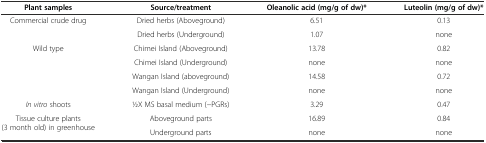
<table><thead><tr><td><b>Plant Samples</b></td><td><b>Source / Treatment</b></td><td><b>Oleanolic acid (mg/g of dw)*</b></td><td><b>Luteolin (mg/g of dw)*</b></td></tr></thead><tbody><tr><td rowspan="2">Commercial crude drug</td><td>Dried herbs(Aboveground)</td><td>6.51</td><td>0.13</td></tr><tr><td>Dried herbs(Underground)</td><td>1.07</td><td>none</td></tr><tr><td rowspan="4">Wild type</td><td>Chimei Island (Aboveground)</td><td>13.78</td><td>0.82</td></tr><tr><td>Chimei Island (Underground)</td><td>none</td><td>none</td></tr><tr><td>Wangan Island (aboveground)</td><td>14.58</td><td>0.72</td></tr><tr><td>Wangan Island (Underground)</td><td>none</td><td>none</td></tr><tr><td><i>In vitro</i> shoots</td><td>1⁄2X MS basal medium (−PGRs)</td><td>3.29</td><td>0.47</td></tr><tr><td rowspan="2">Tissue culture plants (3 month old) in greenhouse</td><td>Aboveground parts</td><td>16.89</td><td>0.84</td></tr><tr><td>Underground parts</td><td>none</td><td>none</td></tr></tbody></table>